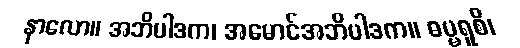
နာလော။ အဘိပါဒက၊ အမောင်အဘိပါဒက။ ဓမ္မရူစိ၊